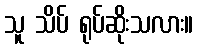
သူ သိပ် ရုပ်ဆိုးသလား။